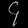
Digit: ၄